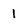
Character: 1